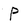
Character: p